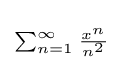
\scriptstyle \sum _{n=1}^{\infty }{\frac {x^{n}}{n^{2}}}